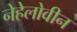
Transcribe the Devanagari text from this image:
नेहेलोवीन